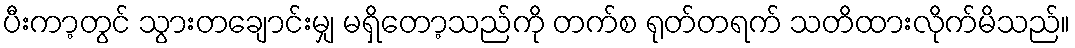
ပီးကာ့တွင် သွားတချောင်းမျှ မရှိတော့သည်ကို တက်စ ရုတ်တရက် သတိထားလိုက်မိသည်။